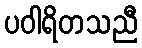
ပဝါရိတသညီ